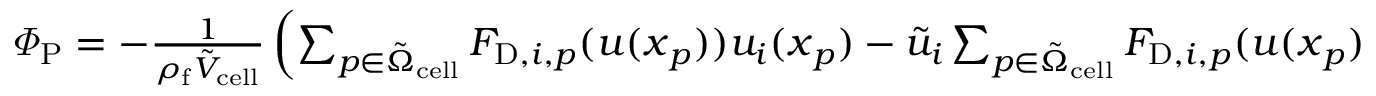
\begin{array} { r } { \varPhi _ { \mathrm { P } } = - \frac { 1 } { \rho _ { \mathrm { f } } \tilde { V } _ { \mathrm { c e l l } } } \left( \sum _ { p \in \tilde { \Omega } _ { \mathrm { c e l l } } } F _ { \mathrm { D } , i , p } ( \boldsymbol { u } ( \boldsymbol { x } _ { p } ) ) u _ { i } ( \boldsymbol { x } _ { p } ) - \tilde { u } _ { i } \sum _ { p \in \tilde { \Omega } _ { \mathrm { c e l l } } } F _ { \mathrm { D } , i , p } ( \boldsymbol { u } ( \boldsymbol { x } _ { p } ) ) \right) . } \end{array}